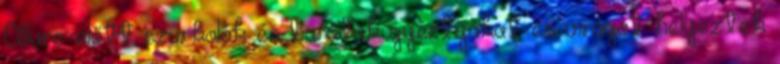
Allure előtt szurkolók és barátok gyertyákat és virágot helyeztek